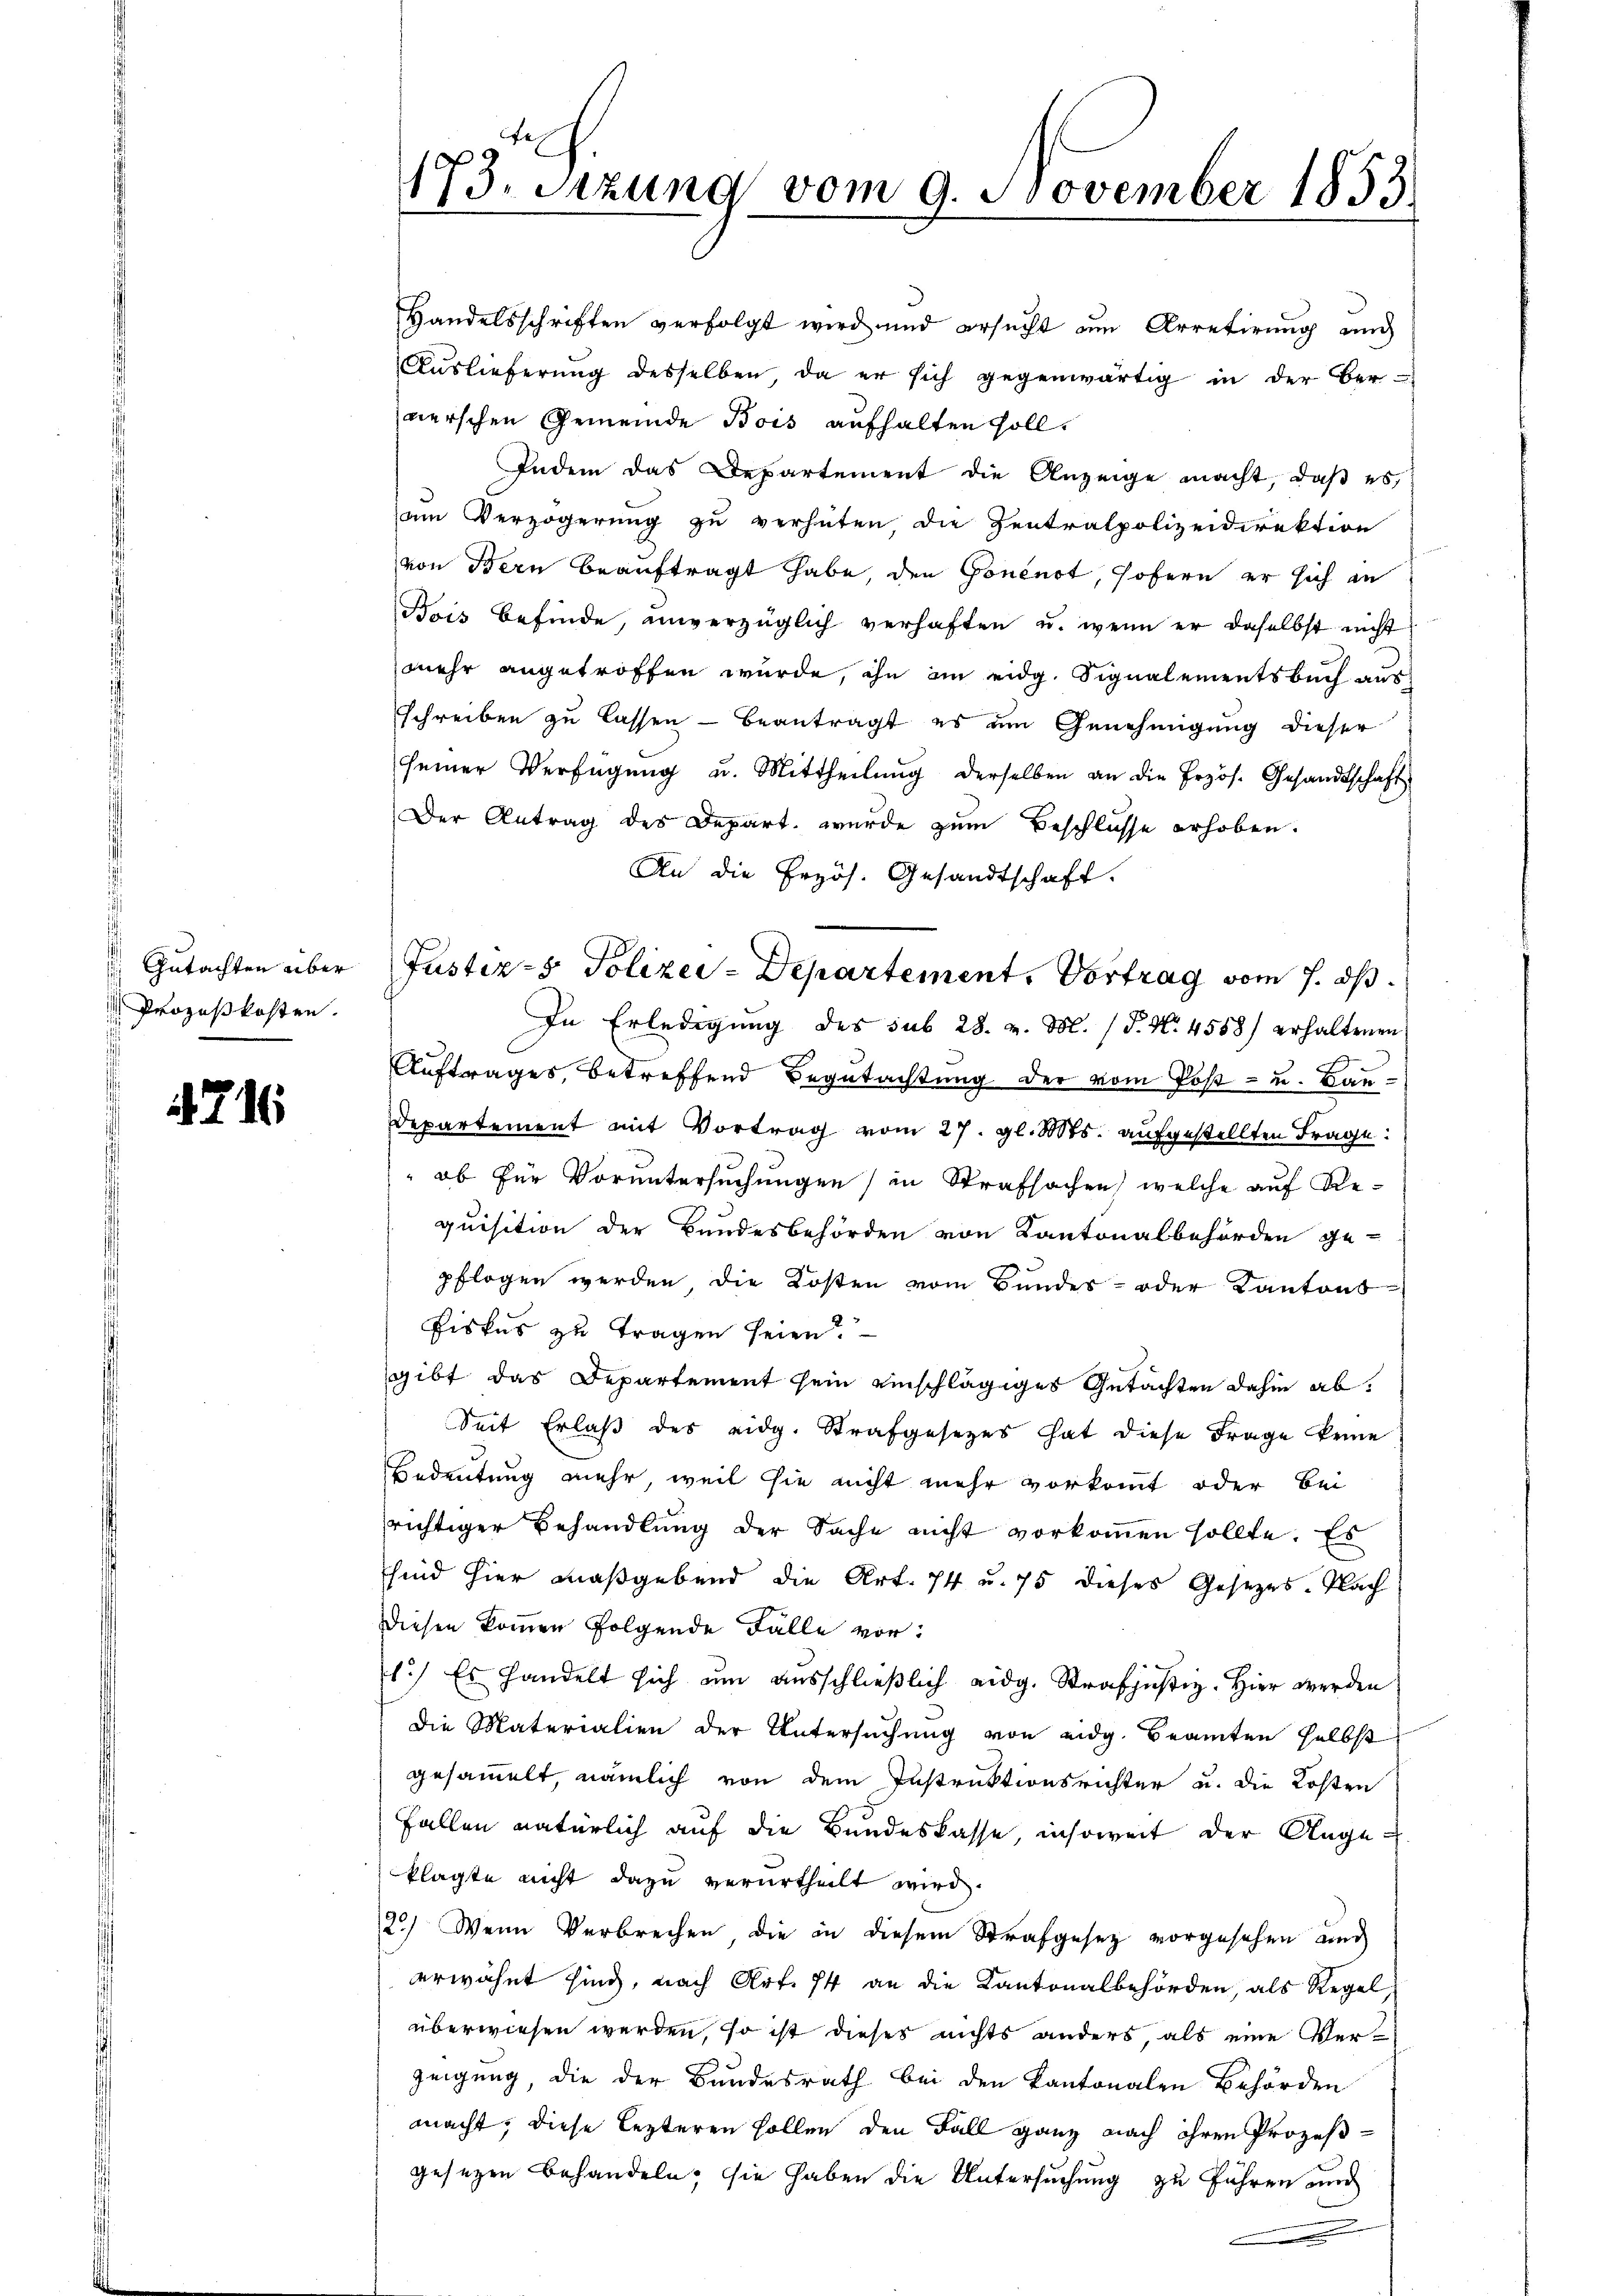
Gutachten über
Prozeßkosten.

716

Handelsschriften verfolgt wird und ersucht um Arretirung und
Auslieferŭng desselben da er sich gegenwärtig in der Ber-
werschen Gemeinde Bois aufhalten soll.
Indem das Departement die Anzeige macht, daß es,
am Verzögerung zu verhüten die Zentralpolizeidirektion
von Bern beauftragt habe, den Goncurt, sofern er sich an
Bois befinde, unverzüglich verhaften u. wenn er daselbst nicht
mehr angetroffen wurde, ihn an eidg. Signalementsbuch aus
schreiben zu lassen - beantragt es um Genehmigung dieser
seiner Verfügŭng u. Mittheilŭng derselben an die Erzös. Gesandtschaft
Der Antrag des Depart wurde zum Beschlüsse erhoben.
An die Erzös. Gesandtschaft.
In Erledigung des sub 28. v. M. (T. N. 4558) erhaltenen
Auftrages, betreffend Begutachtung der vom Post- u. Bau¬
Departement mit Vortrag vom 27. gl. Mts. aufgestellten Frage:
ob für Voruntersuchungen) in Strafsachen welche auf Requisition der Bundesbehörden von Kantonalbehörden ge-
pflogen werden die Kosten vom Bundes- oder Kantons-
Fiskus zu tragen seien.
gibt das Departement sein einschlägiges Gutachten dahin ab.
Seit Erlaß des eidg. Strafgesetzes hat diese Frage keine
Bedeutung mehr weil sie nicht mehr vorkommt oder Bei
richtiger Behandlung der Sache nicht vorkommen sollte. Es
sind hier maßgebend die Art. 74 u. 75 dieses Gesezes-Nach
Diesen kommen folgende Falle vor:
1.) Es handelt sich um ausschlieβlich eidg. Strafjüsiz. Hier werden
Die Materialien der Untersuchung von eidg. Beamten selbst
gesammelt, nämlich von dem Instruktionsrichter u. die Kosten
Fallen natürlich auf die Bundeskasse, insoweit der Angeklagte nicht dazu verurtheilt wird.
2.) Wenn Verbrechen, die in diesem Strafgesetz vorgesehen und
erwähnt sind, nach Art. 74 an die Kantonalbehörden, als Regel,
überwiesen werden, so ist dieses nichts anders, als eine Verzeigung, die der Bundesrath bei den Kantonalen Behörden
macht, diese lezteren sollen den Fall ganz nach ihren Prozeßgesetzen behandeln; sie haben die Untersuchung zu führen und

173. Sitzung vom 9. November 1853

Justiz- & Polizei-Departement. Vortrag vom 7. ds.